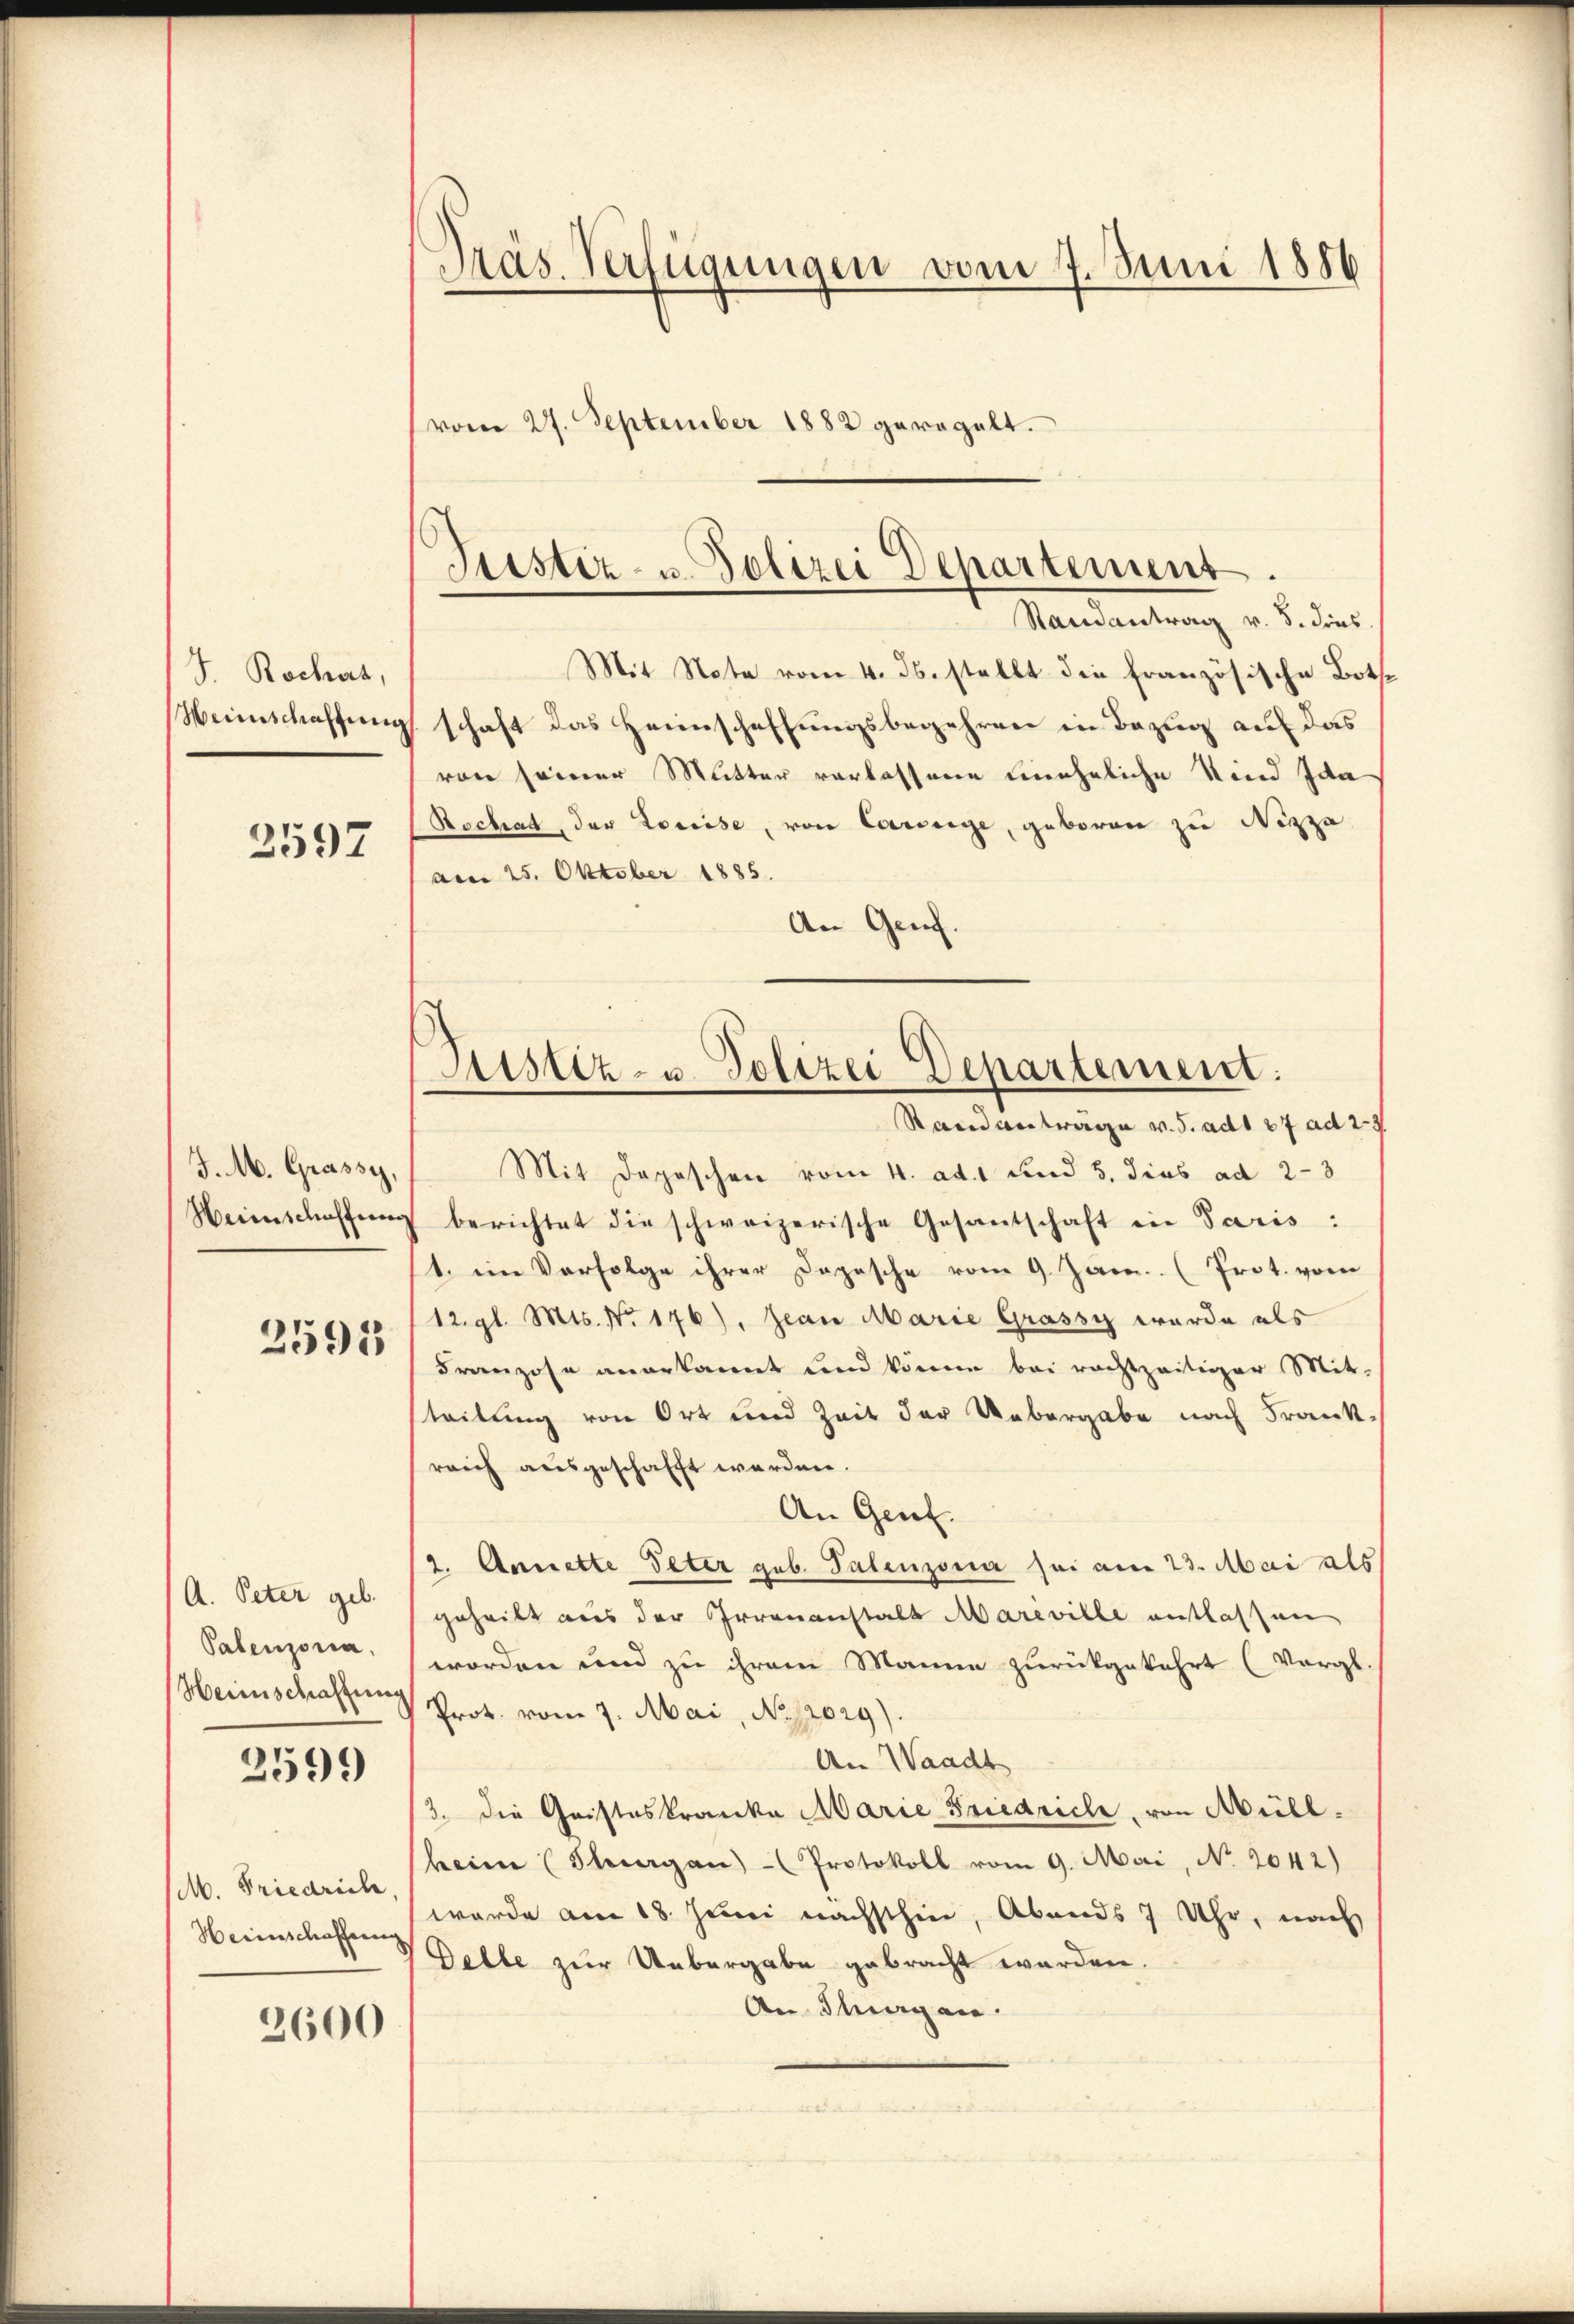
J Rochus,
Weinschaffung

3597

J. M. Grassy,
Weinschaffung

2591

A. Peter geb.
Palenzona,
Heinschaffung

2599

M. Friedrich,
Heimschaffung

2600

Dras Verfügungen vom 7. Juni 1886
vom 27. September 1882 geregelt.

Justiz- u. Polizei Departement.
Randantrag v. 8. dies
Mit Note vom 4. ds. stellt die französische Both¬

Pustiz- u. Polizei Departement.

schaft das Heimschaffungsbegehren in Bezug auf das
von seiner Mutter verlassene uneheliche Kind Ida
Rocbat, der Kreise, von Cornige, geboren zu Nizza
am 25. Oktober 1885.
An Genf.
Stand antrage v. J. ad 27 ad 29
Mit Depeschen vom 4. ad. 1 und 5, dies ad 2-3
berichtet die schweizerische Gesantschaft in Paris :
1. im Verfolge ihrer Depesche vom 9. Jan. Prot. vom
12. gl. Mts. No. 176), Jean Marie Grassy wurde als
Franzose anerkannt und könne bei rechtzeitiger Mit-
steilung von Ort und Zeit der Uebergabe nach Frank-
reich ausgeschafft werden.
An Genf.
2. Annette Peter geb. Talenzona sei am 23. Mai als
geheilt aus der Irrenanstalt Mareville entlassen
worden und zu ihrem Manne zurückgekehrt (Vergl.
Prot. vom 7. Mai, No. 12029).
An Waadt
3. die Gristeskranke Marie Friedrich, von Müllheime (Thurgan Protokoll vom 9. Mai, No. 2042)
wurde am 18. Juni nächsthin, Abends 7 Uhr, nach
Delle zur Uebergabe gebracht worden.
An Fragen.